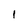
Character: 1